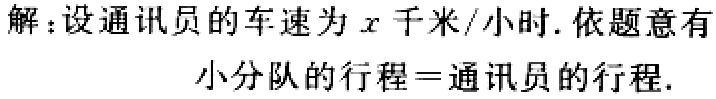
解：设通讯员的车速为\(x\)千米/小时. 依题意有
\[
\text{小分队的行程}=\text{通讯员的行程}.
\]